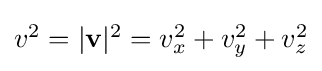
{\textstyle v^{2}=|\mathbf {v} |^{2}=v_{x}^{2}+v_{y}^{2}+v_{z}^{2}}